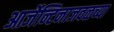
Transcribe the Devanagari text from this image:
आर्जेन्टिनाजवळच्या